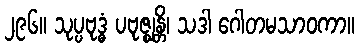
၂၉၆။ သုပ္ပဗုဒ္ဓံ ပဗုဇ္ဈန္တိ၊ သဒါ ဂေါတမသာဝကာ။